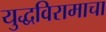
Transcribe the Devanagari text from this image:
युद्धविरामाचा